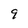
Character: 9